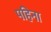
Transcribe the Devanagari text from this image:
पहिना